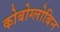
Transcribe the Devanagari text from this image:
कोबोग्लोबिन